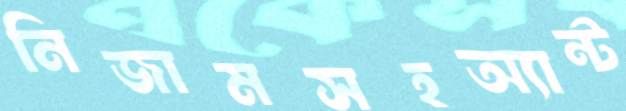
নিজামসহঅ্যান্ট